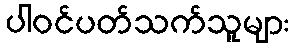
ပါဝင်ပတ်သက်သူများ